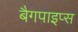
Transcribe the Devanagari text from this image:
बैगपाइप्स